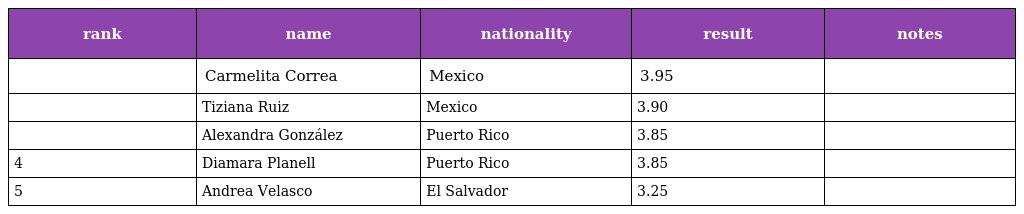
| rank | name | nationality | result | notes |
 | --- | --- | --- | --- | --- |
 |  | Carmelita Correa | Mexico | 3.95 |  |
 |  | Tiziana Ruiz | Mexico | 3.90 |  |
 |  | Alexandra González | Puerto Rico | 3.85 |  |
 | 4 | Diamara Planell | Puerto Rico | 3.85 |  |
 | 5 | Andrea Velasco | El Salvador | 3.25 |  |